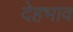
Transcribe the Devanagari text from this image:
देहभाव